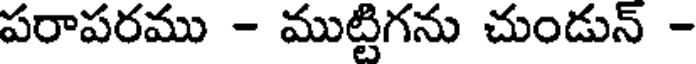
పరాపరము - ముట్టిగను చుండున్ -